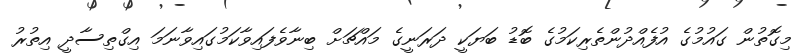
މިގޮތުން ގައުމުގެ އުފެއްދުންތެރިކަމުގެ ބޮޑު ބަޔަކީ ދަރަނީގެ މައްޗަށް ބިނާވެފައިވާކަމުގައިވާނަމަ އިގްތިސާދީ އިތުރު